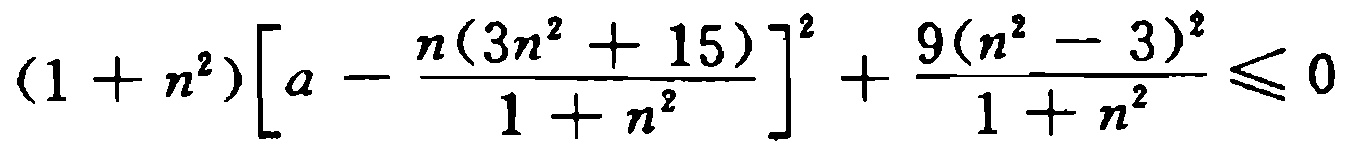
\((1 + n^{2})\left[a - \frac{n(3n^{2} + 15)}{1 + n^{2}}\right]^{2} + \frac{9(n^{2} - 3)^{2}}{1 + n^{2}} \leqslant 0\)